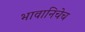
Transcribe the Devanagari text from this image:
भावानिचेच